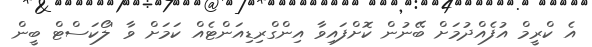
އެ ކްރީމް އުފެއްދުމަށް ބޭނުން ކޮށްފައިވާ އިންގްރިޑިއަންޓެއް ކަމަށް ވާ 'ލޯކަސްޓް ބީން